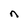
Character: n